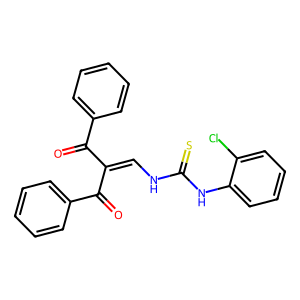
SMILES: O=C(C(=CNC(=S)Nc1ccccc1Cl)C(=O)c1ccccc1)c1ccccc1
Inhibits HIV replication: No